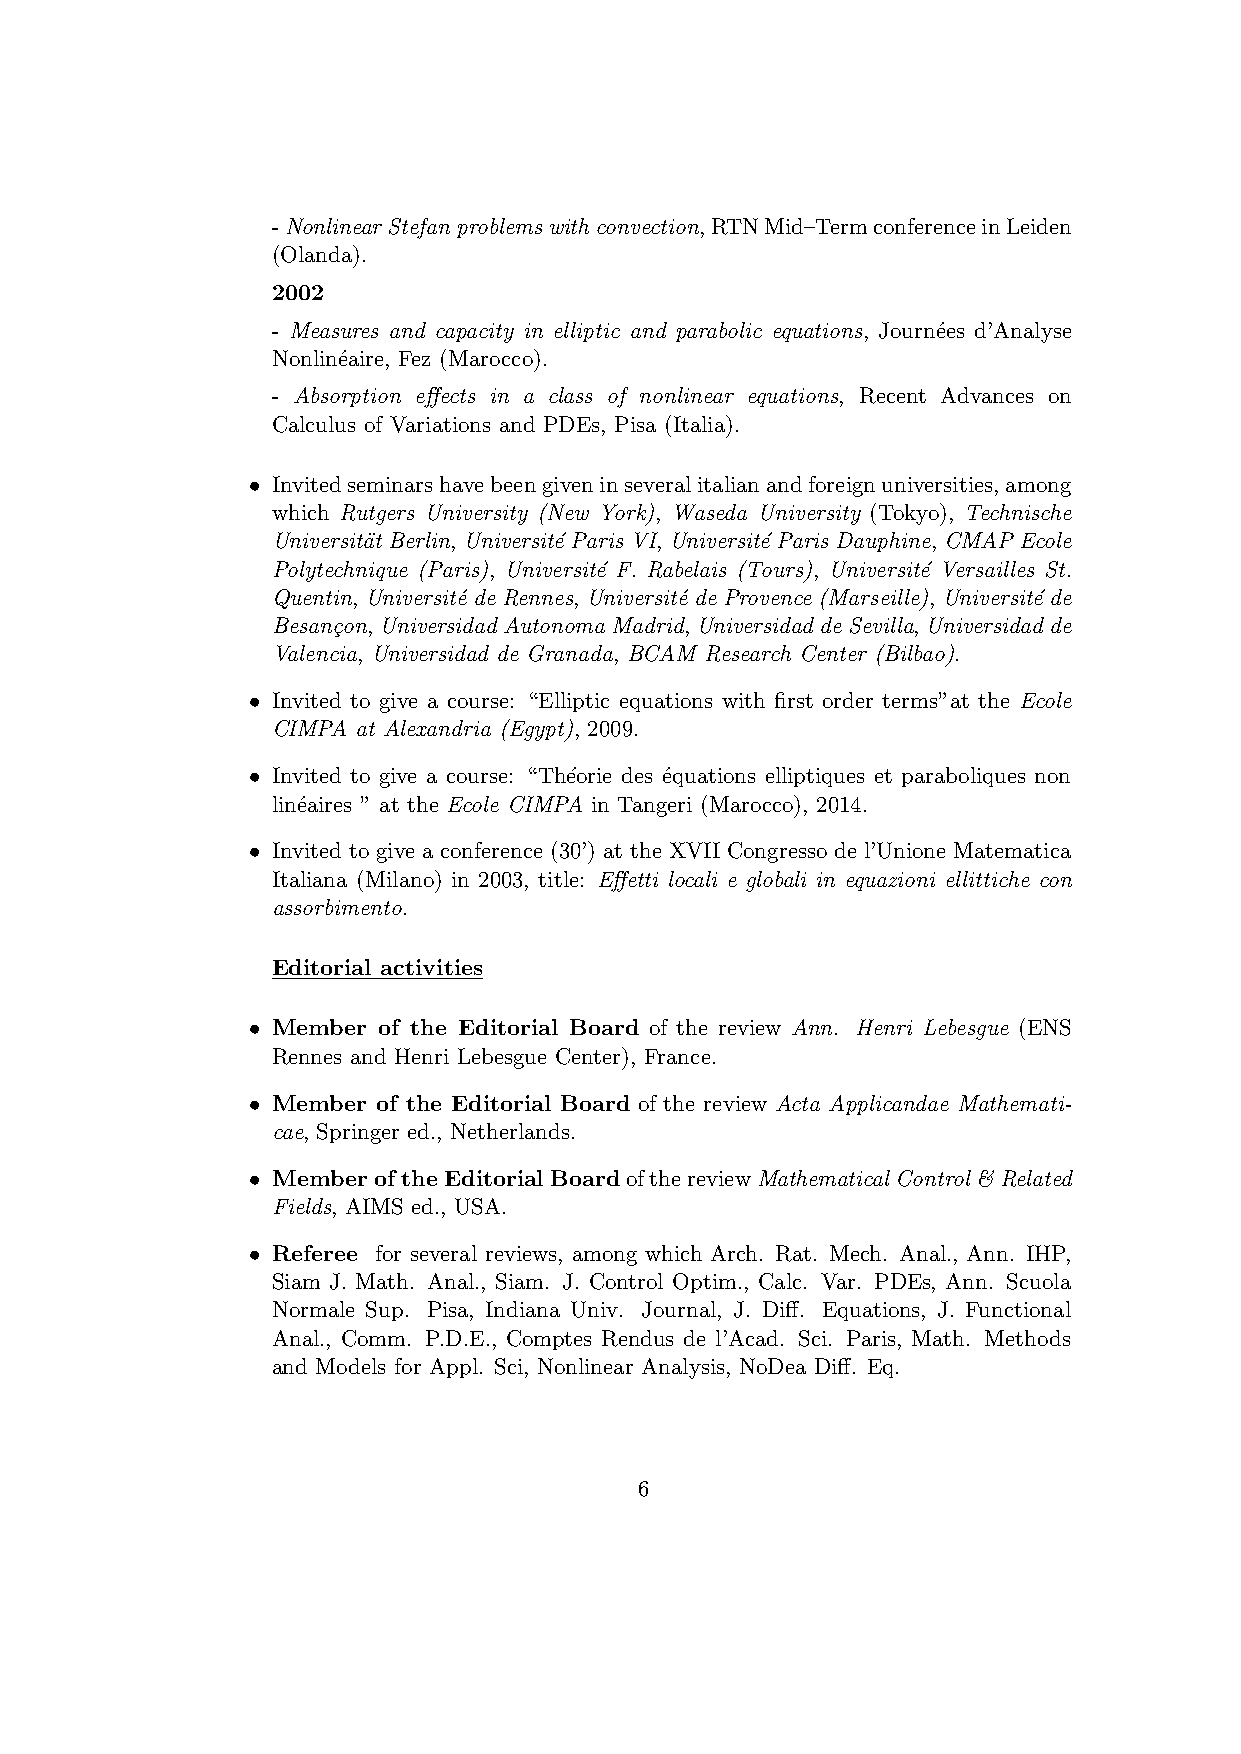
-NonlinearStefanproblemswithconvection,RTNMid–TermconferenceinLeiden
 (Olanda).
 2002
 - Measures and capacity in elliptic and parabolic equations, Journ´ees d’Analyse
 Nonlin´eaire, Fez (Marocco).
 - Absorption effects in a class of nonlinear equations, Recent Advances on
 Calculus of Variations and PDEs, Pisa (Italia).
 • Invitedseminarshavebeengiveninseveralitalianandforeignuniversities,among
 which Rutgers University (New York), Waseda University (Tokyo), Technische
 Universit¨at Berlin, Universit´e Paris VI,Universit´e Paris Dauphine, CMAP Ecole
 Polytechnique (Paris), Universit´e F. Rabelais (Tours), Universit´e Versailles St.
 Quentin, Universit´e de Rennes, Universit´e de Provence (Marseille), Universit´e de
 Besan¸con,UniversidadAutonomaMadrid,UniversidaddeSevilla,Universidadde
 Valencia, Universidad de Granada, BCAM Research Center (Bilbao).
 • Invited to give a course: “Elliptic equations with first order terms”at the Ecole
 CIMPA at Alexandria (Egypt), 2009.
 • Invited to give a course: “Th´eorie des ´equations elliptiques et paraboliques non
 lin´eaires ” at the Ecole CIMPA in Tangeri (Marocco), 2014.
 • Invited to give a conference (30’) at the XVII Congresso de l’Unione Matematica
 Italiana (Milano) in 2003, title: Effetti locali e globali in equazioni ellittiche con
 assorbimento.
 Editorial activities
 • Member of the Editorial Board of the review Ann. Henri Lebesgue (ENS
 Rennes and Henri Lebesgue Center), France.
 • Member of the Editorial Board of the review Acta Applicandae Mathemati-
 cae, Springer ed., Netherlands.
 • Member of the Editorial BoardofthereviewMathematicalControl& Related
 Fields, AIMS ed., USA.
 • Referee for several reviews, among which Arch. Rat. Mech. Anal., Ann. IHP,
 Siam J. Math. Anal., Siam. J. Control Optim., Calc. Var. PDEs, Ann. Scuola
 Normale Sup. Pisa, Indiana Univ. Journal, J. Diff. Equations, J. Functional
 Anal., Comm. P.D.E., Comptes Rendus de l’Acad. Sci. Paris, Math. Methods
 and Models for Appl. Sci, Nonlinear Analysis, NoDea Diff. Eq.
 6